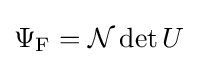
\Psi _{\rm {F}}={\mathcal {N}}\det U